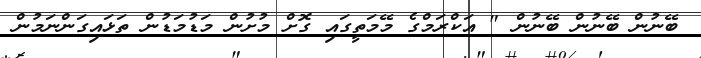
ބޭނުން ބޭނުން ބޭނުން " އަކްރަމްގެ މޭމަތީގައި ގޮށް މުށުން މަޑުމަޑުން ތަޅައިގަންނަމުން